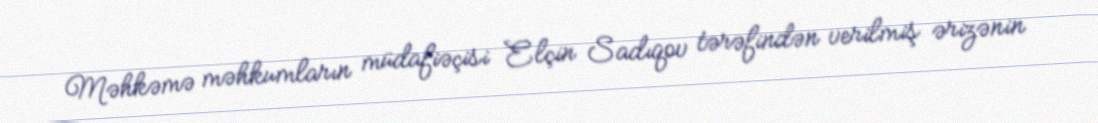
Məhkəmə məhkumların müdafiəçisi Elçin Sadıqov tərəfindən verilmiş ərizənin